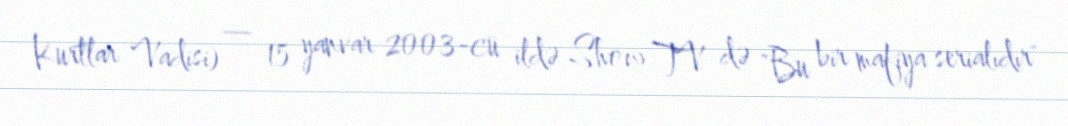
Kurtlar Vadisi) — 15 yanvar 2003-cü ildə Show TV də "Bu bir mafiya serialıdır"